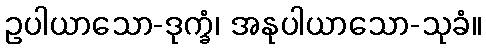
ဥပါယာသော-ဒုက္ခံ၊ အနုပါယာသော-သုခံ။